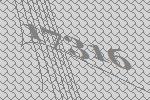
17316